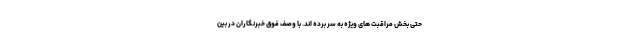
حتی بخش مراقبت های ویژه به سر برده اند. با وصف فوق خبرنگاران در بین